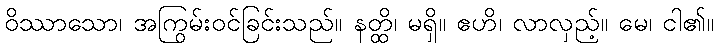
ဝိဿာသော၊ အကြွမ်းဝင်ခြင်းသည်။ နတ္ထိ၊ မရှိ။ ဧဟိ၊ လာလှည့်။ မေ၊ ငါ၏။